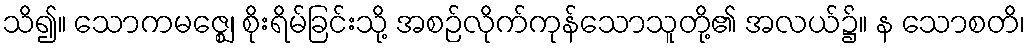
သိ၍။ သောကမဇ္ဈေ၊ စိုးရိမ်ခြင်းသို့ အစဉ်လိုက်ကုန်သောသူတို့၏ အလယ်၌။ န သောစတိ၊